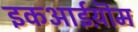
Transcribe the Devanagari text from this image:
इकआईय़ॊम